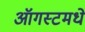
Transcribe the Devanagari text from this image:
ऑगस्टमधे